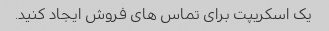
یک اسکریپت برای تماس های فروش ایجاد کنید.